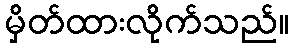
မှိတ်ထားလိုက်သည်။